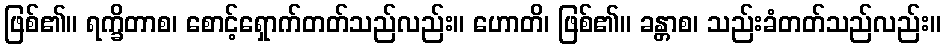
ဖြစ်၏။ ရက္ခိတာစ၊ စောင့်ရှောက်တတ်သည်လည်း။ ဟောတိ၊ ဖြစ်၏။ ခန္တာစ၊ သည်းခံတတ်သည်လည်း။